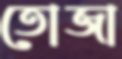
তোজা